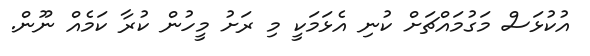
އުކުޅަސް މަގުމައްޗަށް ކުނި އެޅަމަކީ މި ރަށު މީހުން ކުރާ ކަމެއް ނޫން.